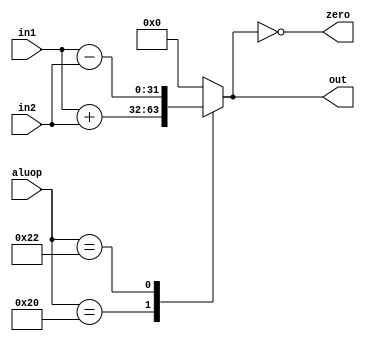
// in1, in2 -  ,     
// out -  ,   
// aluop -  
// Width -      ,   32
// OPR_ADD -  
// OPR_SUB -  
module alu
  #(parameter Width = 32)
  ( input [Width-1:0] in1, in2,
    input [5:0] aluop,
    output reg [Width-1:0] out,
    output reg zero
  );
  
  parameter OPR_ADD = 6'b100000;
  parameter OPR_SUB = 6'b100010;
  
  always @(in1, in2, aluop)
  begin
    case(aluop)
    OPR_ADD : out = in1 + in2;
    OPR_SUB : out = in1 - in2;
    default : out = 0;
    endcase
    zero = out == 0;
  end
endmodule